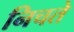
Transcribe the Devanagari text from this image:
निचते